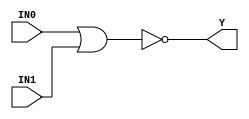
//------------------------------------------------------
// Copyright 1992, 1993 Cascade Design Automation Corporation.
//------------------------------------------------------
module nor2(IN0,IN1,Y);
  parameter N = 8;
  parameter DPFLAG = 1;
  parameter GROUP = "dpath1";
  parameter
        d_IN0 = 0,
        d_IN1 = 0,
        d_Y = 1;
  input [(N - 1):0] IN0;
  input [(N - 1):0] IN1;
  output [(N - 1):0] Y;
  wire [(N - 1):0] IN0_temp;
  wire [(N - 1):0] IN1_temp;
  reg [(N - 1):0] Y_temp;
  assign #(d_IN0) IN0_temp = IN0;
  assign #(d_IN1) IN1_temp = IN1;
  assign #(d_Y) Y = Y_temp;
  always
    @(IN0_temp or IN1_temp)
      begin
      Y_temp = ( ~ (IN0_temp | IN1_temp));
      end
endmodule